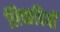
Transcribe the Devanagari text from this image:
लिच्छवियाें